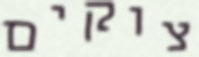
צוקים